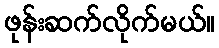
ဖုန်းဆက်လိုက်မယ်။